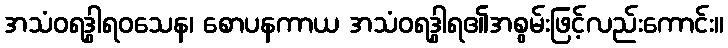
အသံဝရဒွါရဝသေန၊ စောပနကာယ အသံဝရဒွါရ၏အစွမ်းဖြင့်လည်းကောင်း။